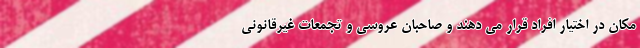
مکان در اختیار افراد قرار می دهند و صاحبان عروسی و تجمعات غیرقانونی